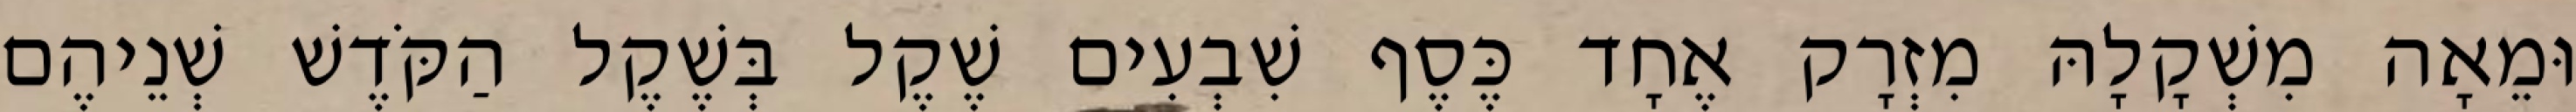
וּמֵאָה מִשְׁקָלָהּ מִזְרָק אֶחָד כֶּסֶף שִׁבְעִים שֶׁקֶל בְּשֶׁקֶל הַקֹּדֶשׁ שְׁנֵיהֶם